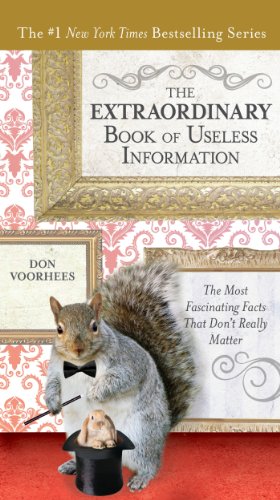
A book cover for The Extraordinary Book of Useless Information: The Most Fascinating Facts That DonEEt Really Matter; Don Voorhees; Humor & Entertainment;